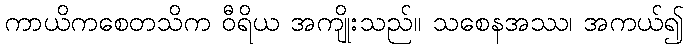
ကာယိကစေတသိက ဝီရိယ အကျိုးသည်။ သစေနအဿ၊ အကယ်၍